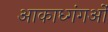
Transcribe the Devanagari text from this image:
आकाध्गंगओं